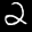
Label: 2